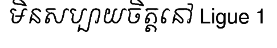
មិនសប្បាយចិត្តនៅ Ligue 1